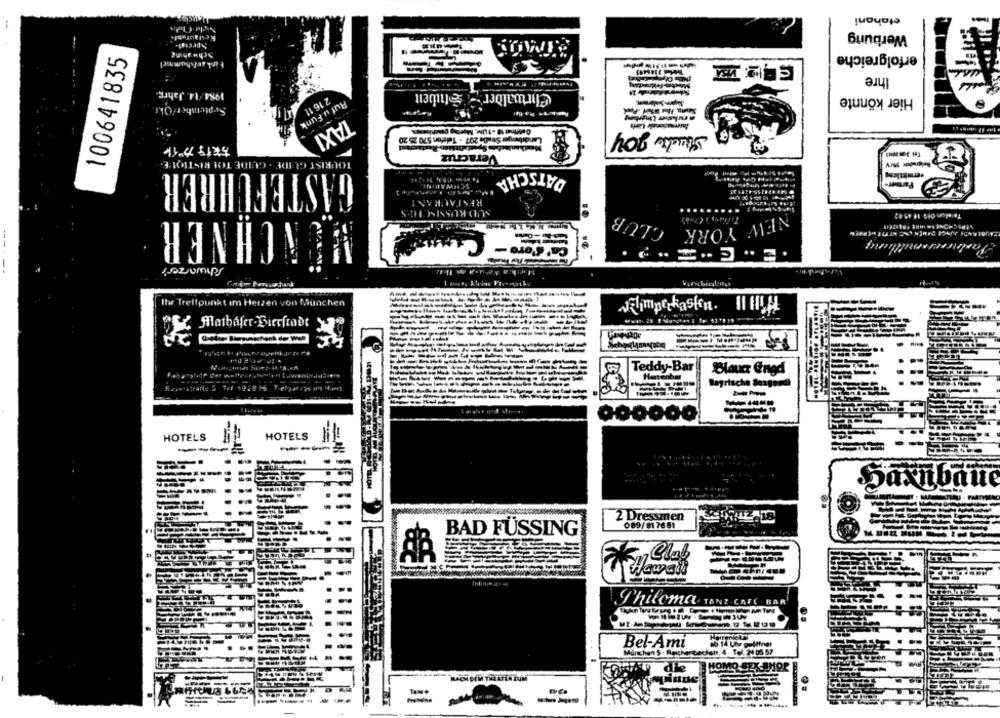
etahani
Werbung
Schwabing
erfolgreiche
100641835
Ihre
1984/14. Jahre.
Chrtoalder'
Hier könnte
2 16 11
Ruf u Funk
Landsberger Sende 207 - Telefon 570 25 20
Stuch Joy
TAXI
旅行ガイヤー
Veracruz
TOURIST GUIDE - GUIDE TOURISTIQUE
GASTEFUHRER
DATSCHA
vermittlung
SCHWAITINI
Farmer-
RESTAURANT
SUD-RUSSISCHI.S
WENCHNER
CLUB
NEW YORK
Ca' C'oro-
Schwarzer's
--
Ihr Treffpunkt im Herzen von Munchen
-----
------
Teddy-Bar
Blauer Engd
--
HOTELS
HOTELS
----
----
nuquixnes
2 Dressmen
199418/690
BAD FÜSSING
Philoma TANZ CAFE BAR
Bel-Ami
Munchen 5- Reicherbachstr, 4 - Tel. 24 05 57
-
--